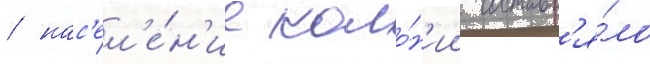
/ нас'ел'е́н'ие коло́н'ии составл'я́ло